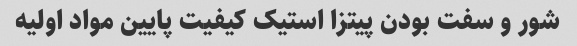
شور و سفت بودن پیتزا استیک کیفیت پایین مواد اولیه